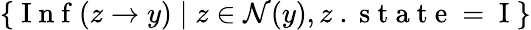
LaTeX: \{ \mathrm{~I~n~f~}(z\to y)\; |\; z\in\mathcal{N}(y),z\mathrm{~.~s~t~a~t~e~=~I~}\}